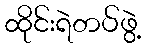
ထိုင်းရဲတပ်ဖွဲ့